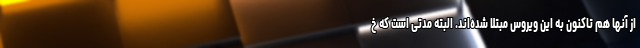
از آنها هم تاکنون به این ویروس مبتلا شده‌اند. البته مدتی است که خ